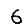
Digit: 6